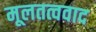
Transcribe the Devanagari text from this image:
मूलतत्ववाद